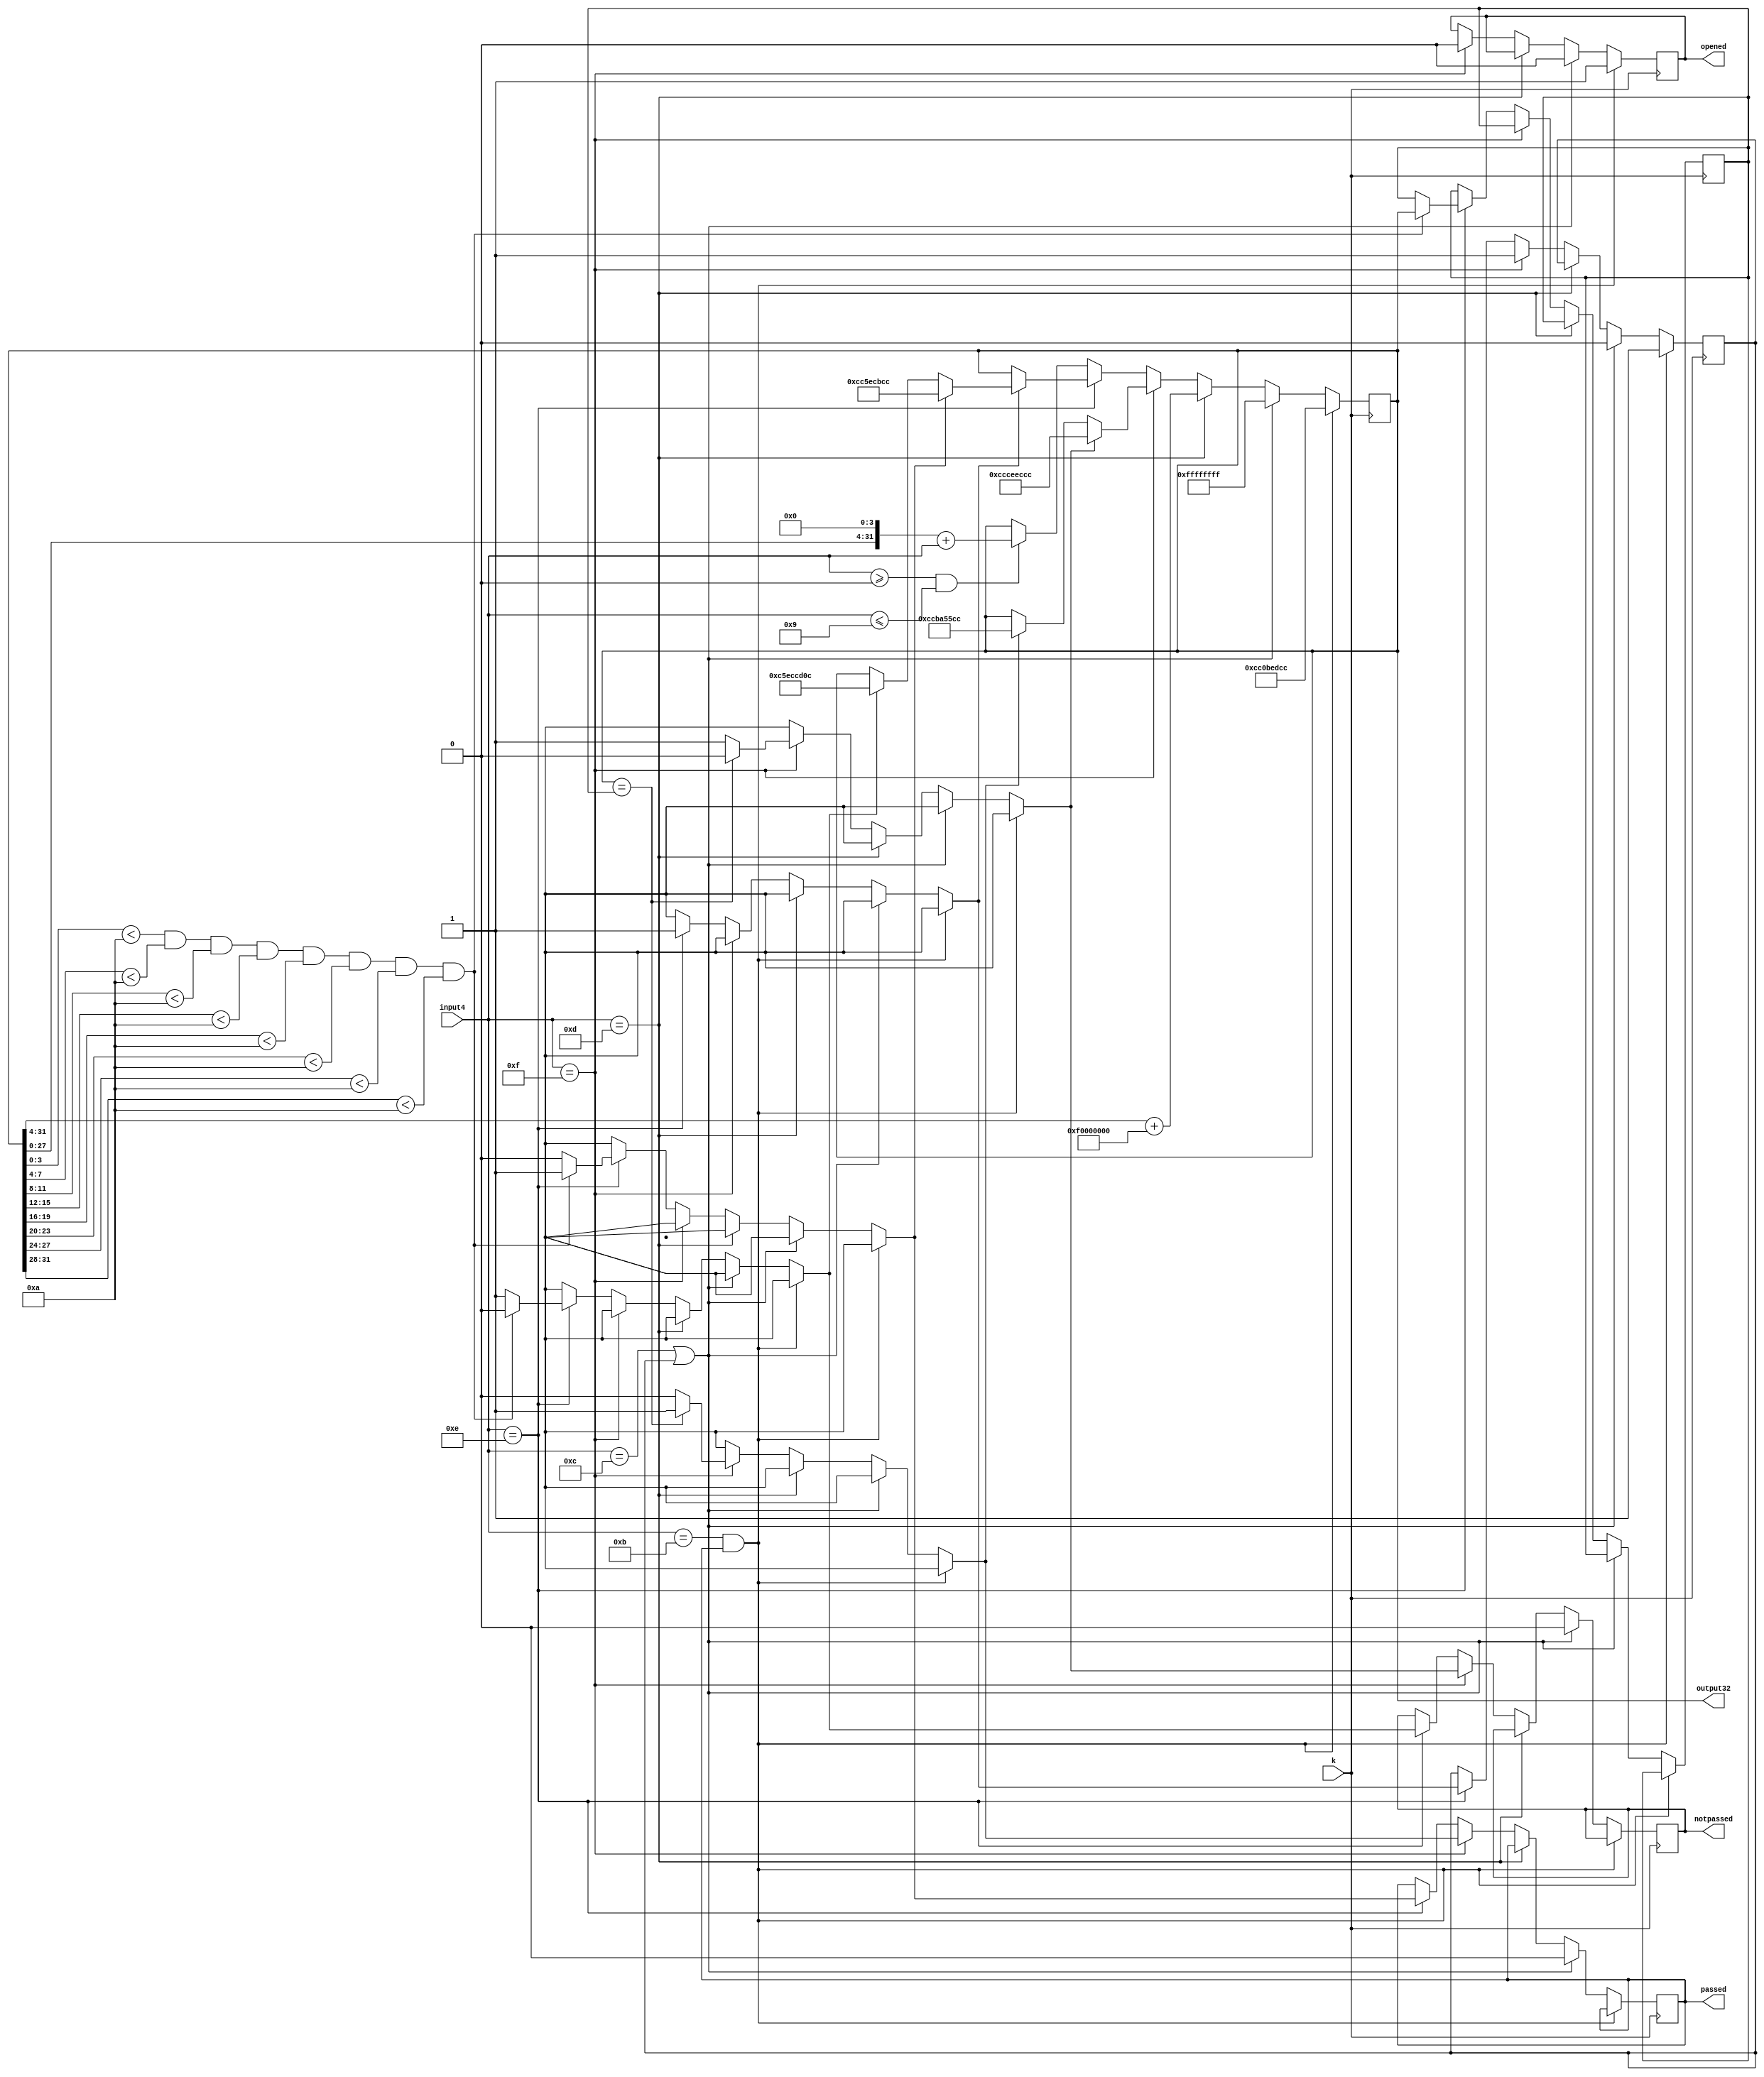
module buffer32(input4, output32, k, passed, notpassed, opened);
	input [3:0] input4;
	input k;
	output reg [31:0] output32=32'hFFFFFFFF;
	reg [31:0] password=32'h15071025;
	output reg notpassed, passed, opened;
	reg pressClear = 1'b0;
	always@(posedge k)
	begin
		if (input4=='hb && passed)//open
			begin
				opened = 1;
				//passed = 0;
				output32 = 'hCC0bedCC;//open
				pressClear = 1;
			end
		else if (input4=='hc || pressClear)	
			begin
				output32=32'hFFFFFFFF;//clear
				pressClear = 0;
				passed = 0;
				notpassed = 0;
				opened = 0;
			end
		else if (input4=='hd)
			begin
				output32=output32>>4;
				output32=output32 + 32'hF0000000;//backspace
			end
		else if (input4=='hf)
			begin
				//enter = 1; //enter
				pressClear = 1;
				if(output32 == password)
					begin
						passed = 1;
						notpassed = 0;
						opened = 0;
					end
				else
					begin
						passed = 0;
						opened = 0;
						notpassed = 1;

					end
				if (passed) output32 = 'hccba55cc; //passed
				if (notpassed) output32 = 'hccceeccc; //ee
			end
		else if (input4=='he)//set
			begin
			//set = 1; //set
			//set password
			//must 8-digit
				if (output32[3:0]<'ha && output32[7:4]<'ha && output32[11:8]<'ha
					&& output32[15:12]<'ha && output32[19:16]<'ha && output32[23:20]<'ha
					&& output32[27:24]<'ha && output32[31:28]<'ha)
					begin
						password = output32;
						//buffout = password;
						notpassed = 0;
						passed=1;
						pressClear = 1; //for clear display with any key
					end
				else
					begin
						notpassed = 1;
						pressClear = 1;
						passed = 0;
					end
				if (pressClear)
					begin
						if(notpassed) 	output32 = 'hc5eccd0c; //-SE--No-
						if(passed) output32 = 'hcc5ecbcc;//--SE-P--
					end
			end
		else if (input4>='h0 && input4<='h9)
			begin
				output32=output32<<4;
				output32=output32 + input4;
			end
	end
		
endmodule